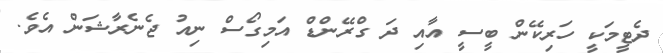
ދެޓީމަކީ ހަރިކޭން ބީސީ އާއި ދަ ގްރޭންޑް އަމިގޯސް ނިއު ޖެނެރާޝަން އެވެ.